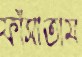
ফাঁসাতাম